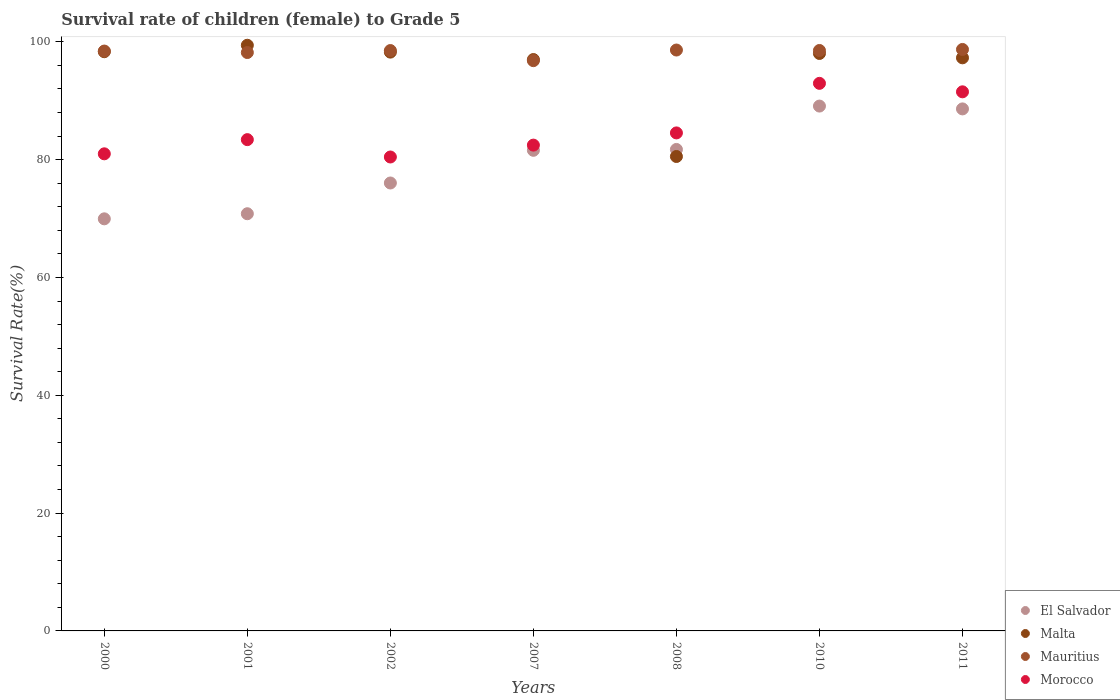
| Years | El Salvador | Malta | Mauritius | Morocco |
 | --- | --- | --- | --- | --- |
 | 2000 | 70 | 98.3 | 98.4 | 81 |
 | 2001 | 70.8 | 99.4 | 98.2 | 83.4 |
 | 2002 | 76 | 98.3 | 98.5 | 80.5 |
 | 2007 | 81.6 | 97 | 96.8 | 82.5 |
 | 2008 | 81.7 | 80.5 | 98.6 | 84.5 |
 | 2010 | 89.1 | 98 | 98.5 | 93 |
 | 2011 | 88.6 | 97.3 | 98.7 | 91.5 |